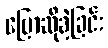
ပြောဆိုခဲ့ခြင်း